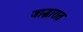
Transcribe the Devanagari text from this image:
जाद्भारात